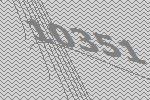
10351